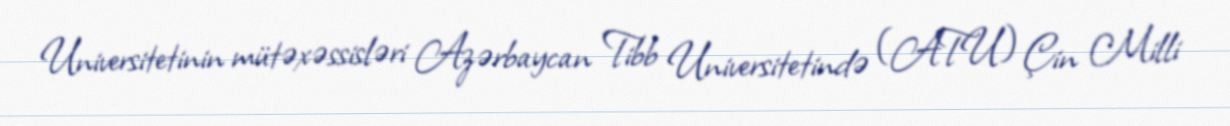
Universitetinin mütəxəssisləri Azərbaycan Tibb Universitetində (ATU) Çin Milli